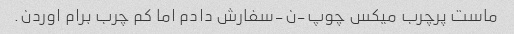
ماست پرچرب میکس چوپ-ن-سفارش دادم اما کم چرب برام اوردن.